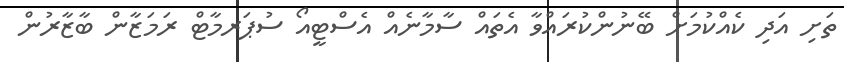
ތަށި އަދި ކެއްކުމަށް ބޭނުންކުރައްވާ އެތައް ސާމާނެއް އެސްޓީއޯ ސުޕަރމާޓް ރަމަޒާން ބާޒާރުން